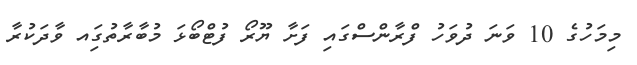
މިމަހުގެ 10 ވަނަ ދުވަހު ފްރާންސްގައި ފަށާ ޔޫރޯ ފުޓްބޯޅަ މުބާރާތުގަިއ ވާދަކުރާ